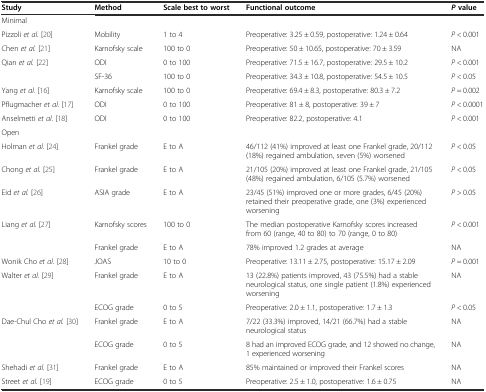
<table><thead><tr><td><b>Study</b></td><td><b>Method</b></td><td><b>Scale best to worst</b></td><td><b>Functional outcome</b></td><td><b><i>P</i>value</b></td></tr></thead><tbody><tr><td>Minimal</td><td></td><td></td><td></td><td></td></tr><tr><td>Pizzoli <i>et al.</i> [20]</td><td>Mobility</td><td>1 to 4</td><td>Preoperative: 3.25 ± 0.59, postoperative: 1.24 ± 0.64</td><td><i>P</i> &lt; 0.001</td></tr><tr><td>Chen <i>et al.</i> [21]</td><td>Karnofsky scale</td><td>100 to 0</td><td>Preoperative: 50 ± 10.65, postoperative: 70 ± 3.59</td><td>NA</td></tr><tr><td>Qian <i>et al.</i> [22]</td><td>ODI</td><td>0 to 100</td><td>Preoperative: 71.5 ± 16.7, postoperative: 29.5 ± 10.2</td><td><i>P</i> &lt; 0.001</td></tr><tr><td></td><td>SF-36</td><td>100 to 0</td><td>Preoperative: 34.3 ± 10.8, postoperative: 54.5 ± 10.5</td><td><i>P</i> &lt; 0.05</td></tr><tr><td>Yang <i>et al.</i> [16]</td><td>Karnofsky scale</td><td>100 to 0</td><td>Preoperative: 69.4 ± 8.3, postoperative: 80.3 ± 7.2</td><td><i>P</i> = 0.002</td></tr><tr><td>Pflugmacher <i>et al.</i> [17]</td><td>ODI</td><td>0 to 100</td><td>Preoperative: 81 ± 8, postoperative: 39 ± 7</td><td><i>P</i> &lt; 0.0001</td></tr><tr><td>Anselmetti <i>et al.</i> [18]</td><td>ODI</td><td>0 to 100</td><td>Preoperative: 82.2, postoperative: 4.1</td><td><i>P</i> &lt; 0.001</td></tr><tr><td>Open</td><td></td><td></td><td></td><td></td></tr><tr><td>Holman <i>et al.</i> [24]</td><td>Frankel grade</td><td>E to A</td><td>46/112 (41%) improved at least one Frankel grade, 20/112 (18%) regained ambulation, seven (5%) worsened</td><td><i>P</i> &lt; 0.05</td></tr><tr><td>Chong <i>et al.</i> [25]</td><td>Frankel grade</td><td>E to A</td><td>21/105 (20%) improved at least one Frankel grade, 21/105 (48%) regained ambulation, 6/105 (5.7%) worsened</td><td><i>P</i> &lt; 0.05</td></tr><tr><td>Eid <i>et al.</i> [26]</td><td>ASIA grade</td><td>E to A</td><td>23/45 (51%) improved one or more grades, 6/45 (20%) retained their preoperative grade, one (3%) experienced worsening</td><td><i>P</i> &gt; 0.05</td></tr><tr><td>Liang <i>et al.</i> [27]</td><td>Karnofsky scores</td><td>100 to 0</td><td>The median postoperative Karnofsky scores increased from 60 (range, 40 to 80) to 70 (range, 0 to 80)</td><td><i>P</i> &lt; 0.001</td></tr><tr><td></td><td>Frankel grade</td><td>E to A</td><td>78% improved 1.2 grades at average</td><td>NA</td></tr><tr><td>Wonik Cho <i>et al.</i> [28]</td><td>JOAS</td><td>10 to 0</td><td>Preoperative: 13.11 ± 2.75, postoperative: 15.17 ± 2.09</td><td><i>P</i> = 0.001</td></tr><tr><td>Walter <i>et al.</i> [29]</td><td>Frankel grade</td><td>E to A</td><td>13 (22.8%) patients improved, 43 (75.5%) had a stable neurological status, one single patient (1.8%) experienced worsening</td><td>NA</td></tr><tr><td></td><td>ECOG grade</td><td>0 to 5</td><td>Preoperative: 2.0 ± 1.1, postoperative: 1.7 ± 1.3</td><td><i>P</i> &lt; 0.05</td></tr><tr><td>Dae-Chul Cho <i>et al.</i> [30]</td><td>Frankel grade</td><td>E to A</td><td>7/22 (33.3%) improved, 14/21 (66.7%) had a stable neurological status</td><td>NA</td></tr><tr><td></td><td>ECOG grade</td><td>0 to 5</td><td>8 had an improved ECOG grade, and 12 showed no change, 1 experienced worsening</td><td>NA</td></tr><tr><td>Shehadi <i>et al.</i> [31]</td><td>Frankel grade</td><td>E to A</td><td>85% maintained or improved their Frankel scores</td><td>NA</td></tr><tr><td>Street <i>et al.</i> [19]</td><td>ECOG grade</td><td>0 to 5</td><td>Preoperative: 2.5 ± 1.0, postoperative: 1.6 ± 0.75</td><td>NA</td></tr></tbody></table>